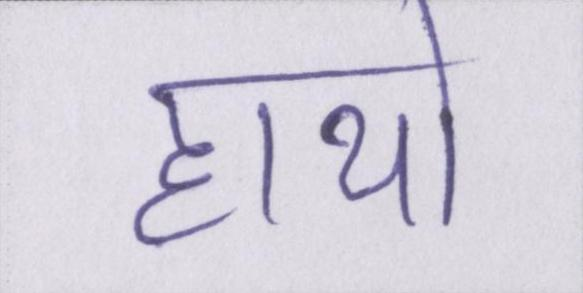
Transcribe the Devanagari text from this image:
हाथो